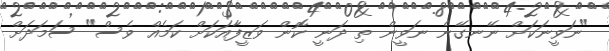
"ނަވީނަކަށް ނޭނގޭނެ ނަވީން ތި ދަނީ ކޮން ވަޒީފާއަކަށް ކަމެއް ވެސް" ސަމަދަށް